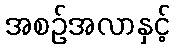
အစဉ်အလာနှင့်